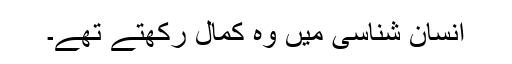
انسان شناسی میں وہ کمال رکھتے تھے۔